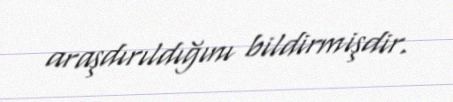
araşdırıldığını bildirmişdir.